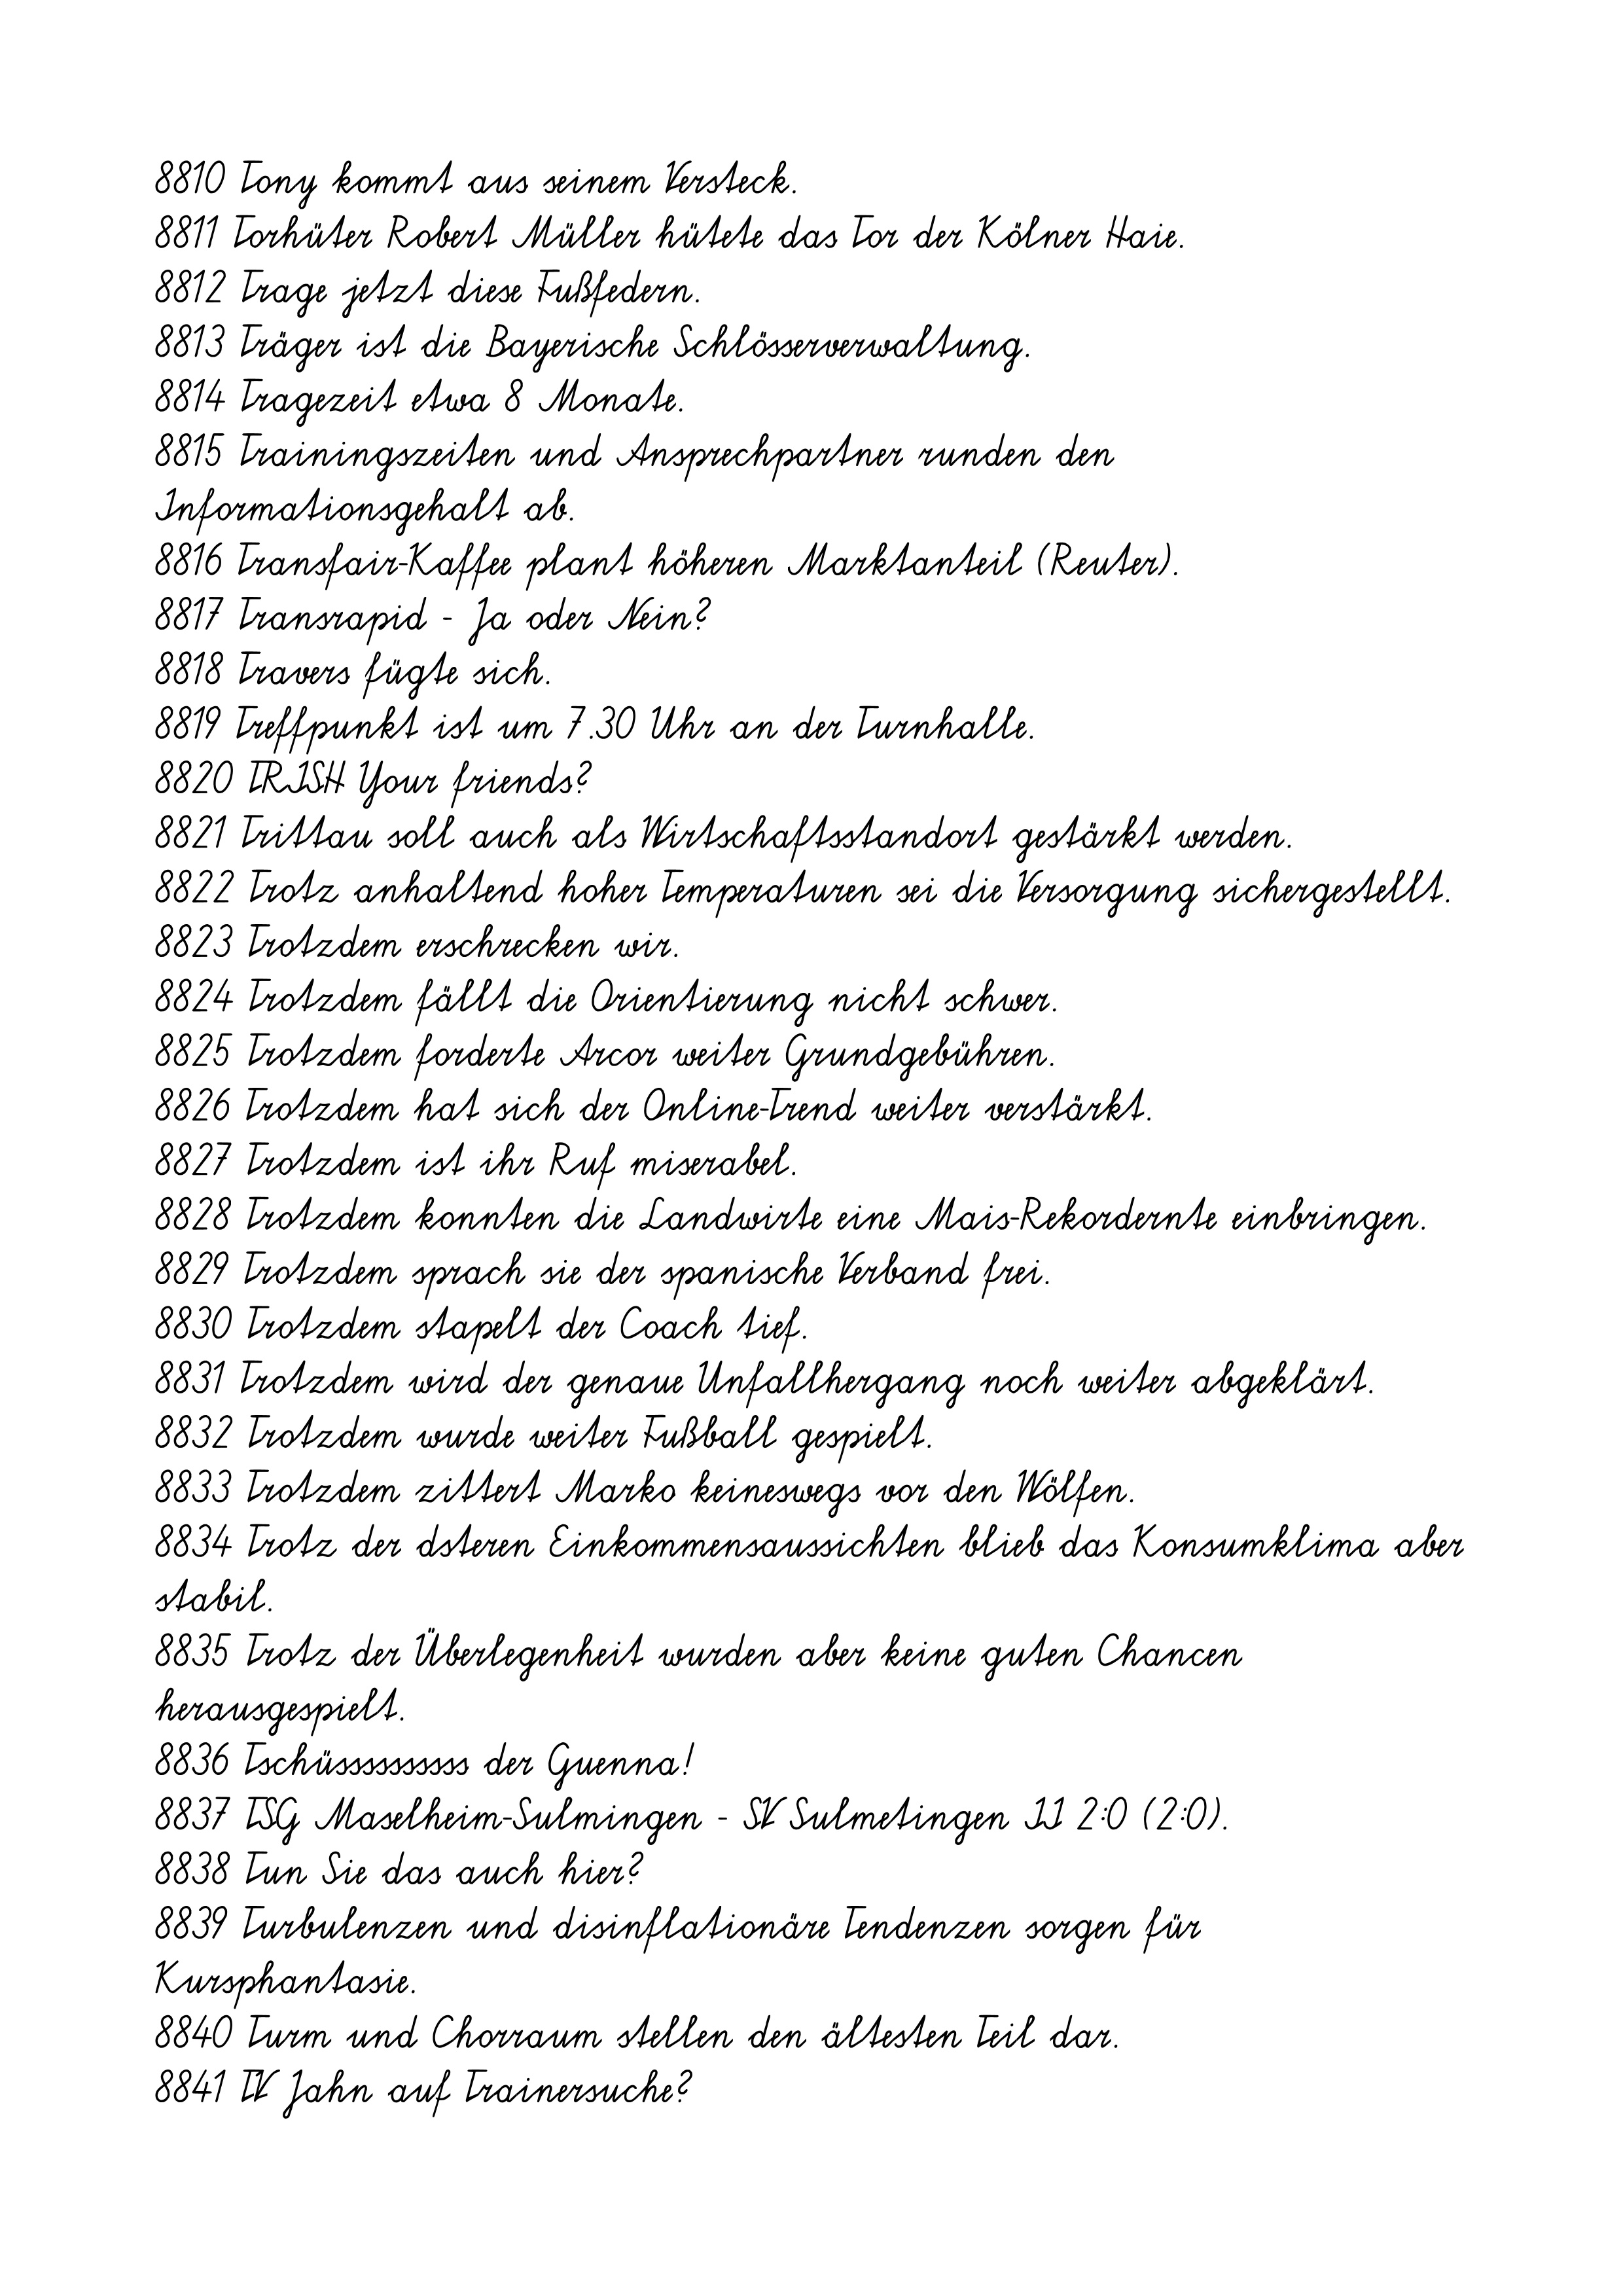
8810 Tony kommt aus seinem Versteck.
8811 Torhüter Robert Müller hütete das Tor der Kölner Haie.
8812 Trage jetzt diese Fußfedern.
8813 Träger ist die Bayerische Schlösserverwaltung.
8814 Tragezeit etwa 8 Monate.
8815 Trainingszeiten und Ansprechpartner runden den
Informationsgehalt ab.
8816 Transfair-Kaffee plant höheren Marktanteil (Reuter).
8817 Transrapid - Ja oder Nein?
8818 Travers fügte sich.
8819 Treffpunkt ist um 7.30 Uhr an der Turnhalle.
8820 TRISH Your friends?
8821 Trittau soll auch als Wirtschaftsstandort gestärkt werden.
8822 Trotz anhaltend hoher Temperaturen sei die Versorgung sichergestellt.
8823 Trotzdem erschrecken wir.
8824 Trotzdem fällt die Orientierung nicht schwer.
8825 Trotzdem forderte Arcor weiter Grundgebühren.
8826 Trotzdem hat sich der Online-Trend weiter verstärkt.
8827 Trotzdem ist ihr Ruf miserabel.
8828 Trotzdem konnten die Landwirte eine Mais-Rekordernte einbringen.
8829 Trotzdem sprach sie der spanische Verband frei.
8830 Trotzdem stapelt der Coach tief.
8831 Trotzdem wird der genaue Unfallhergang noch weiter abgeklärt.
8832 Trotzdem wurde weiter Fußball gespielt.
8833 Trotzdem zittert Marko keineswegs vor den Wölfen.
8834 Trotz der dsteren Einkommensaussichten blieb das Konsumklima aber
stabil.
8835 Trotz der Überlegenheit wurden aber keine guten Chancen
herausgespielt.
8836 Tschüssssssssss der Guenna!
8837 TSG Maselheim-Sulmingen - SV Sulmetingen II 2:0 (2:0).
8838 Tun Sie das auch hier?
8839 Turbulenzen und disinflationäre Tendenzen sorgen für
Kursphantasie.
8840 Turm und Chorraum stellen den ältesten Teil dar.
8841 TV Jahn auf Trainersuche?